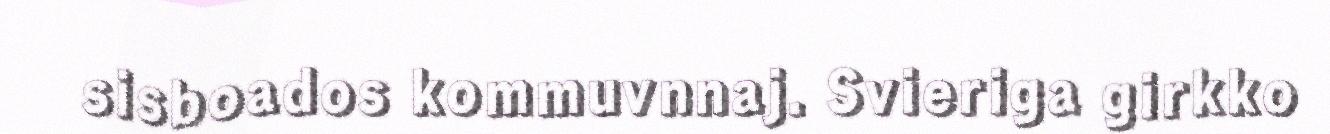
sisboados kommuvnnaj. Svieriga girkko